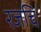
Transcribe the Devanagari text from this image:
रजचि